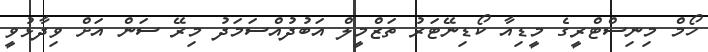
ހޯމް މިނިސްޓްރީގެ މީޑިއާ ކޯޑިނޭޓަރު ތަޒްމީލް އަބުދުއްސަމަދު މިރޭ ސަން އަށް ވިދާޅުވީ